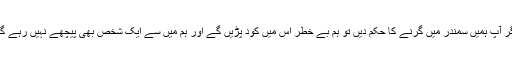
اگر آپ ہمیں سمندر میں گرنے کا حکم دیں تو ہم بے خطر اس میں کود پڑیں گے اور ہم میں سے ایک شخص بھی پیچھے نہیں رہے گا۔